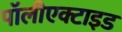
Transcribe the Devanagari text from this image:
पॉलीएक्टाइड